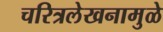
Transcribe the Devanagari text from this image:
चरित्रलेखनामुळे